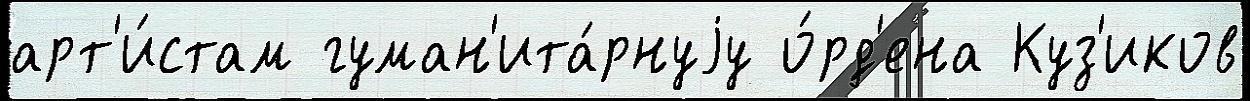
арт'и́стам гуман'ита́рнуjу о́рд'ена Куз'иков